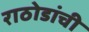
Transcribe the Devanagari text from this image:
राठोडांची